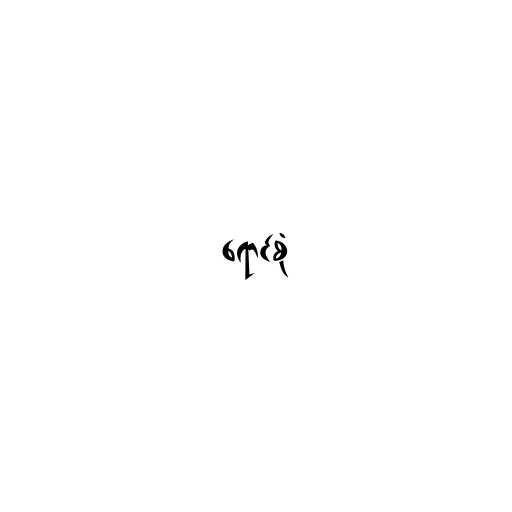
ရောင်စုံ